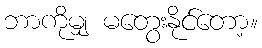
ဘာကိုမျှ မတွေးနိုင်တော့။